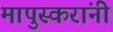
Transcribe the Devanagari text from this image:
मापुस्करांनी